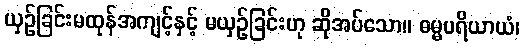
ယှဉ်ခြင်းမထုန်အကျင့်နှင့် မယှဉ်ခြင်းဟု ဆိုအပ်သော။ ဓမ္မပရိယာယံ၊